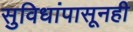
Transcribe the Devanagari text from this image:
सुविधांपासूनही